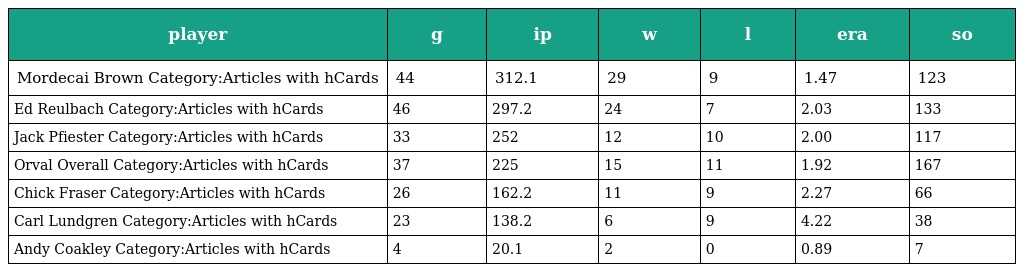
| player | g | ip | w | l | era | so |
 | --- | --- | --- | --- | --- | --- | --- |
 | Mordecai Brown Category:Articles with hCards | 44 | 312.1 | 29 | 9 | 1.47 | 123 |
 | Ed Reulbach Category:Articles with hCards | 46 | 297.2 | 24 | 7 | 2.03 | 133 |
 | Jack Pfiester Category:Articles with hCards | 33 | 252 | 12 | 10 | 2.00 | 117 |
 | Orval Overall Category:Articles with hCards | 37 | 225 | 15 | 11 | 1.92 | 167 |
 | Chick Fraser Category:Articles with hCards | 26 | 162.2 | 11 | 9 | 2.27 | 66 |
 | Carl Lundgren Category:Articles with hCards | 23 | 138.2 | 6 | 9 | 4.22 | 38 |
 | Andy Coakley Category:Articles with hCards | 4 | 20.1 | 2 | 0 | 0.89 | 7 |